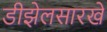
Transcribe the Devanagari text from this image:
डीझेलसारखे